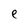
Character: e